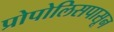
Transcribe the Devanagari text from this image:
प्रोपोलिसपासून